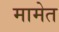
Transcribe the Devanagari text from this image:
मामेत